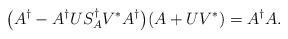
LaTeX: \begin{align*}\big(A^{\dagger}-A^{\dagger}US_{A}^{\dagger}V^{\ast}A^{\dagger}\big)(A+UV^{\ast})=A^{\dagger}A.\end{align*}